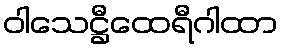
ဝါသေဋ္ဌီထေရီဂါထာ